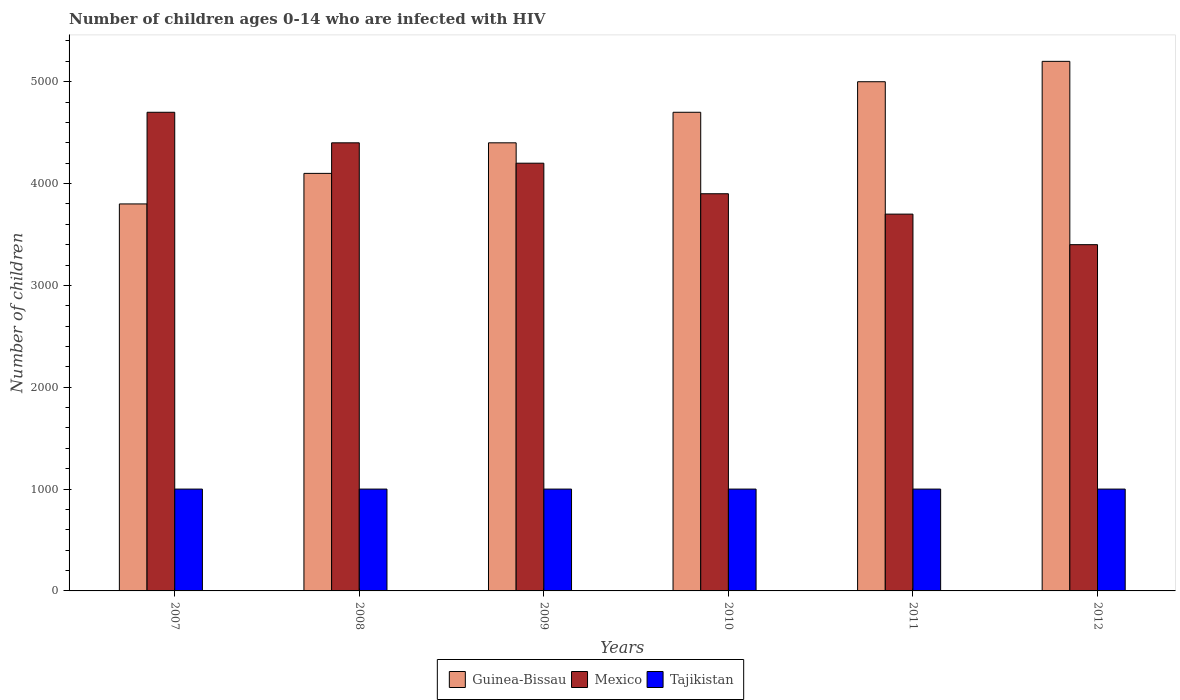
| Years | Guinea-Bissau | Mexico | Tajikistan |
 | --- | --- | --- | --- |
 | 2007 | 3.8e+03 | 4.7e+03 | 1e+03 |
 | 2008 | 4.1e+03 | 4.4e+03 | 1e+03 |
 | 2009 | 4.4e+03 | 4.2e+03 | 1e+03 |
 | 2010 | 4.7e+03 | 3.9e+03 | 1e+03 |
 | 2011 | 5e+03 | 3.7e+03 | 1e+03 |
 | 2012 | 5.2e+03 | 3.4e+03 | 1e+03 |